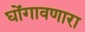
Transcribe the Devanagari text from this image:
घोंगावणारा